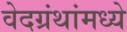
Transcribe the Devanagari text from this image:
वेदग्रंथांमध्ये